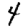
Digit: 4